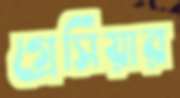
গ্রেসিয়ার